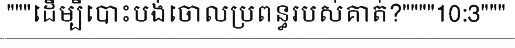
"""ដើម្បីបោះបង់ចោលប្រពន្ធរបស់គាត់?""""10:3"""